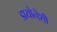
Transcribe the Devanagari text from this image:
डायोनेशी